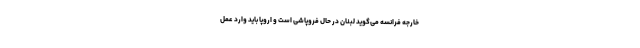
خارجه فرانسه می‌گوید لبنان در حال فروپاشی است و اروپا باید وارد عمل